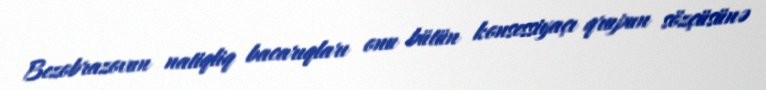
Bezobrazovun natiqliq bacarıqları onu bütün konsessiyaçı qrupun sözçüsünə